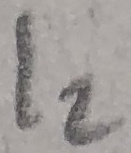
Text: I2